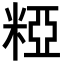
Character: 𥺼